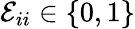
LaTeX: \mathcal{E}_{ii}\in\{ 0,1\}